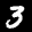
Label: 3